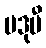
ပဒုမီ